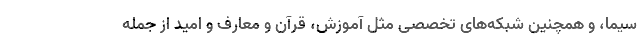
سیما، و همچنین شبکه‌های تخصصی مثل آموزش‌، قرآن و معارف و امید از جمله